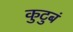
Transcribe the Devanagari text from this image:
कुटुबं